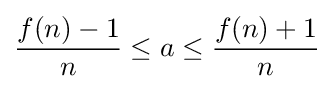
{f(n)-1 \over n}\leq a\leq {f(n)+1 \over n}